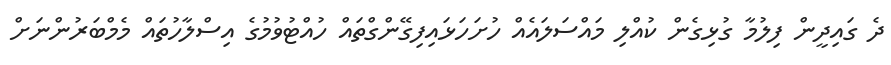
ދެ ގައިދީން ފިލުމާ ގުޅިގެން ކުއްލި މައްސަލައެއް ހުށަހަޅައިފިގޭންގްތައް ހުއްޓުވުމުގެ އިސްލާހުތައް މެމްބަރުންނަށް